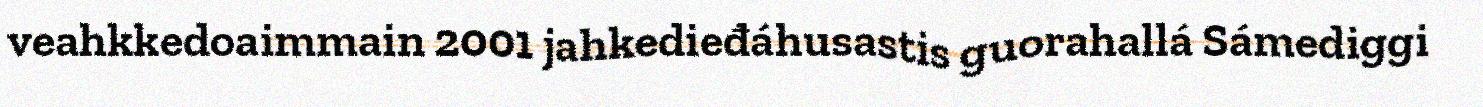
veahkkedoaimmain 2001 jahkedieđáhusastis guorahallá Sámediggi